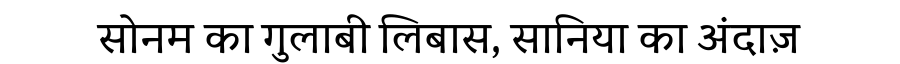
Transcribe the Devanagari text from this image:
सोनम का गुलाबी लिबास, सानिया का अंदाज़